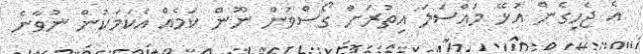
އެ ޖެހިގެން އުޅޭ މައްސަލަ އިތުރަށް ގޯސްވުން ނޫން ކަމެއް އެކަމަކުން ނުވާނެ